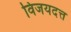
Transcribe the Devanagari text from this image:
विजयदत्त